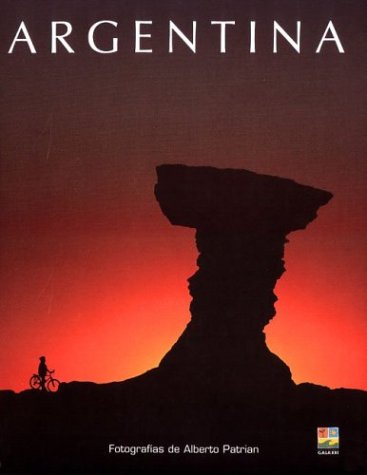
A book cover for Argentina (Spanish Edition); Alberto Patrian; Travel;